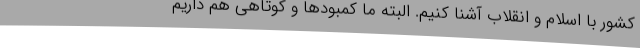
کشور با اسلام و انقلاب آشنا کنیم. البته ما کمبودها و کوتاهی هم داریم